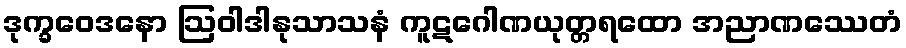
ဒုက္ခဝေဒနော ဩဝါဒါနုသာသနံ ကူဋဂေါဏယုတ္တရထော အညာဏဿေတံ